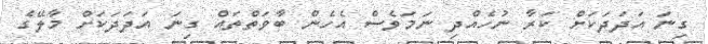
ގިނަ އަދަދަކަށް ކަރާ ނުހެއްދި ނަމަވެސް އެހެން ބާވަތްތައް ގިނަ އަދަދަކަށް މާލޭގެ